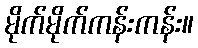
မိုက်မိုက်ကန်းကန်း။